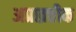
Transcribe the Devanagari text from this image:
अप्राक्र्तीक